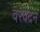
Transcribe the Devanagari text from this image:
वरवंदन